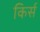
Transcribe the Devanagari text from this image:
किर्स